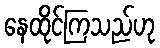
နေထိုင်ကြသည်ဟု